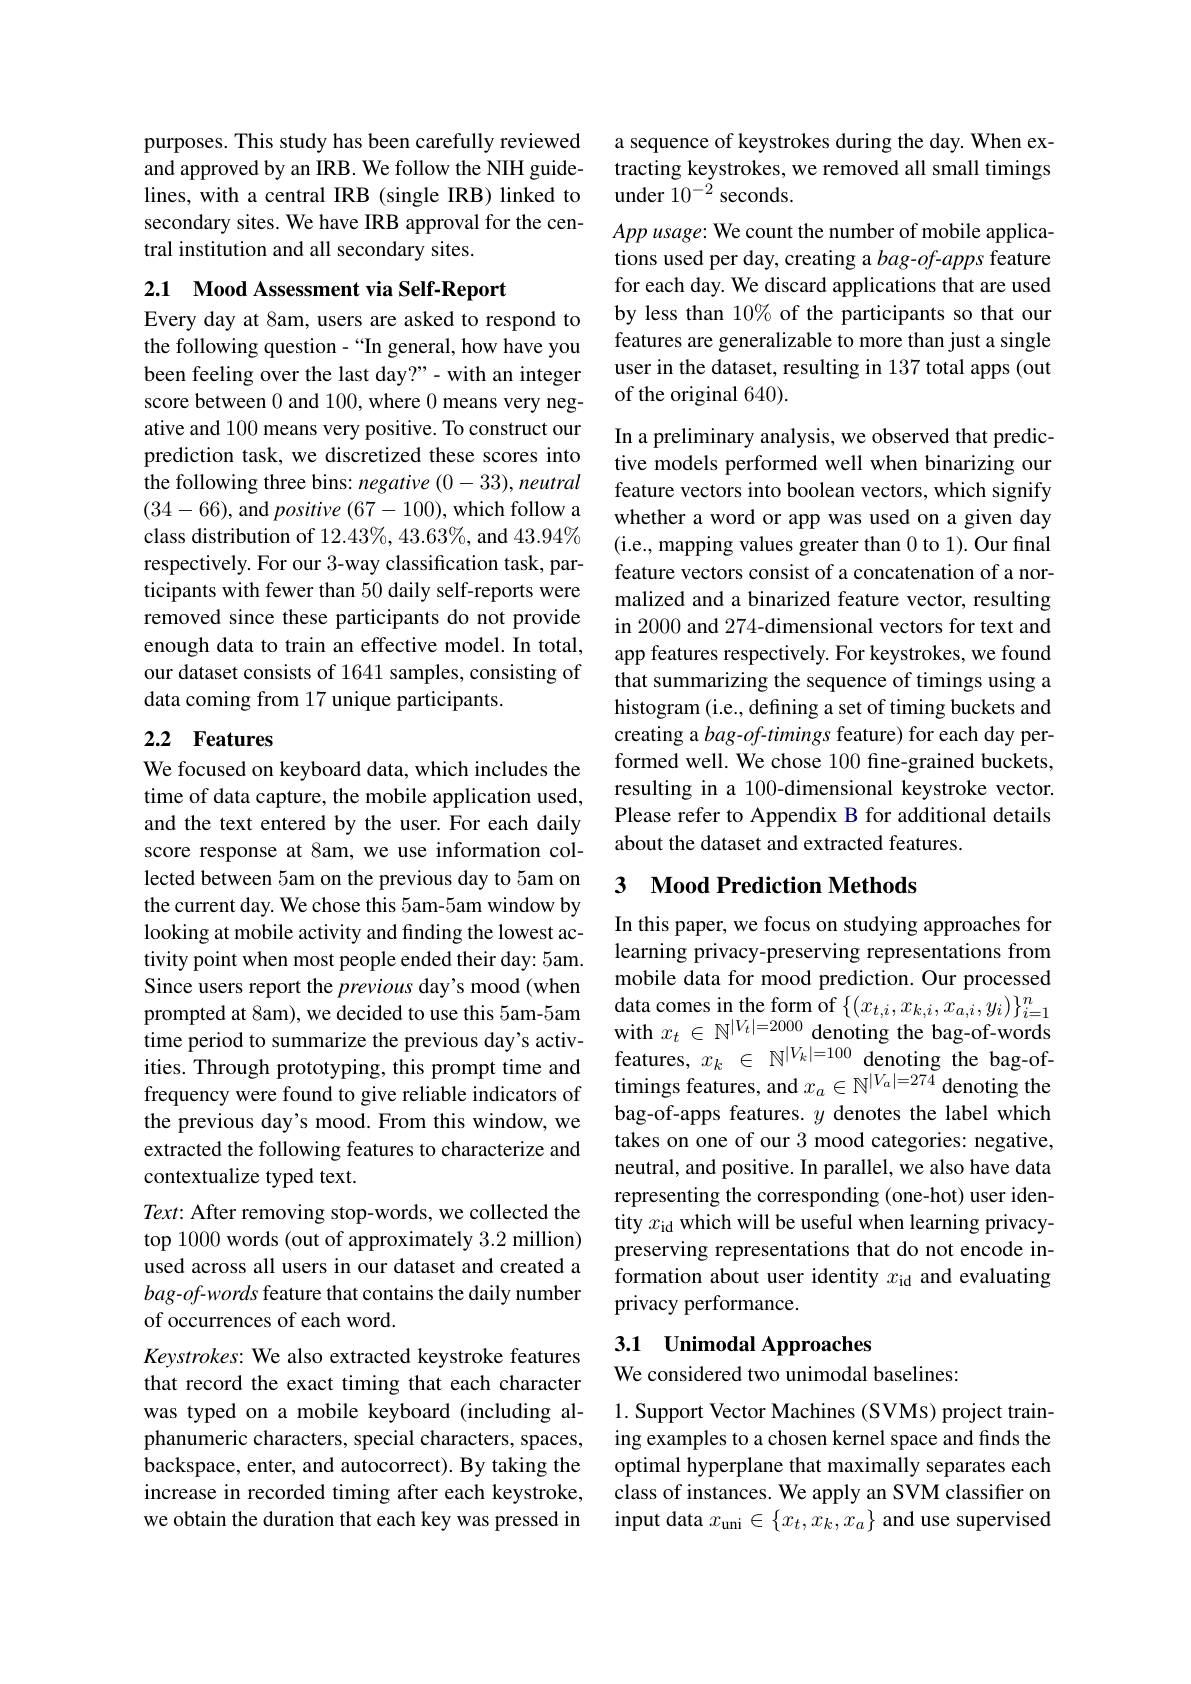
purposes. This study has been carefully reviewed and approved by an IRB. We follow the NIH guidelines, with a central IRB (single IRB) linked to secondary sites. We have IRB approval for the central institution and all secondary sites.

2.1 Mood Assessment via Self-Report

Every day at 8am, users are asked to respond to the following question-“In general, how have you been feeling over the last day?"- with an integer score between 0 and 100, where 0 means very negative and 100 means very positive. To construct our prediction task, we discretized these scores into the following three bins: negative $( 0- 33) , \textit{neutral}$ (34-66), and positive (67-100), which follow a class distribution of 12.43%, 43.63%, and 43.94% respectively. For our 3-way classification task, participants with fewer than 50 daily self-reports were removed since these participants do not provide enough data to train an effective model. In total, our dataset consists of 1641 samples, consisting of data coming from 17 unique participants.

## 2.2 Features

We focused on keyboard data, which includes the time of data capture, the mobile application used, and the text entered by the user. For each daily score response at 8am, we use information collected between 5am on the previous day to 5am on the current day. We chose this 5am-5am window by looking at mobile activity and finding the lowest activity point when most people ended their day: 5am. Since users report the previous day's mood (when prompted at 8am), we decided to use this 5am-5am time period to summarize the previous day's activities. Through prototyping, this prompt time and frequency were found to give reliable indicators of the previous day's mood. From this window, we extracted the following features to characterize and contextualize typed text.
Text: After removing stop-words, we collected the top 1000 words (out of approximately 3.2 million) used across all users in our dataset and created a bag-of-words feature that contains the daily number of occurrences of each word.
Keystrokes: We also extracted keystroke features that record the exact timing that each character was typed on a mobile keyboard (including alphanumeric characters, special characters, spaces, backspace, enter, and autocorrect). By taking the increase in recorded timing after each keystroke, we obtain the duration that each key was pressed in

a sequence of keystrokes during the day. When extracting keystrokes, we removed all small timings under $10^{-\tilde{2}}$ seconds.
App usage: We count the number of mobile applications used per day, creating a $bag-of-apps$ feature for each day. We discard applications that are used by less than 10% of the participants so that our features are generalizable to more than just a single user in the dataset, resulting in 137 total apps (out of the original 640).

In a preliminary analysis, we observed that predictive models performed well when binarizing our feature vectors into boolean vectors, which signify whether a word or app was used on a given day (i.e., mapping values greater than 0 to 1). Our final feature vectors consist of a concatenation of a normalized and a binarized feature vector, resulting in 2000 and 274-dimensional vectors for text and app features respectively. For keystrokes, we found that summarizing the sequence of timings using a histogram (i.e., defining a set of timing buckets and creating a $bag-of-timings$ feature) for each day performed well. We chose 100 fine-grained buckets, resulting in a 100-dimensional keystroke vector. Please refer to Appendix B for additional details about the dataset and extracted features.

## 3 Mood Prediction Methods

In this paper, we focus on studying approaches for learning privacy-preserving representations from mobile data for mood prediction. Our processed data comes in the form of $\{(x_{t,i},x_{k,i},x_{a,i},y_{i})\}_{i=1}^{n}$ with $x_t\in\mathbb{N}^{|V_t|=2000}$ denoting the bag-of-words features, $x_k\in\mathbb{N}^{|V_k|=100}$ denoting the bag-oftimings features, and $x_a\in\mathbb{N}^|V_a|=274$ denoting the bag-of-apps features. $y$ denotes the label which takes on one of our 3 mood categories: negative, neutral, and positive. In parallel, we also have data representing the corresponding (one-hot) user identity $x_\mathrm{id}$ which will be useful when learning privacypreserving representations that do not encode information about user identity $x_\mathrm{id}$ and evaluating privacy performance.

# 3.1 Unimodal Approaches

We considered two unimodal baselines:

1. Support Vector Machines (SVMS) project training examples to a chosen kernel space and finds the optimal hyperplane that maximally separates each class of instances. We apply an SVM classifier on input data $x_\mathrm{uni}\in\{x_t,x_k,x_a\}$ and use supervised